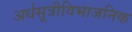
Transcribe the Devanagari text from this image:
अर्धसूत्रीविभाजनिक